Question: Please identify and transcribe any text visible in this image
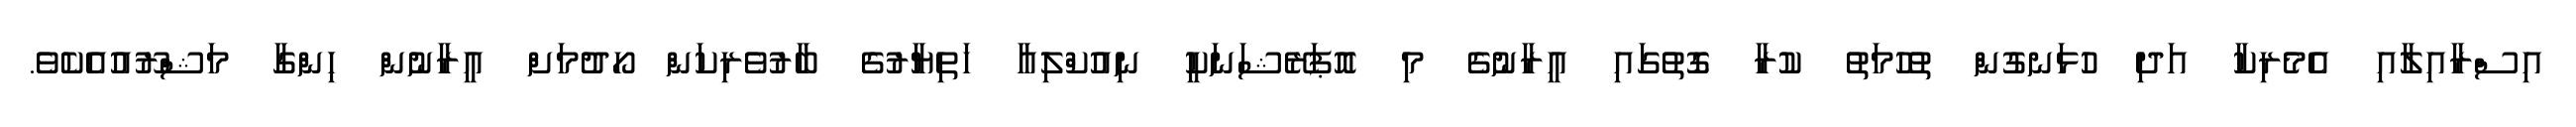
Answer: އިސްރާއިލާއި އެމެރިކާ އަދި ހުޅަނގުން ތުހުމަތު ކުރާ ގޮތުގައި އީރާނުގެ މި އޮޕަރޭޝަނަކީ ނިއުކްލިއާ ހަތިޔާރުގެ ބާރުވެރިކަން ހޯދުމަށް އީރާނުން ހިންގާ މަޝްރޫއުއެކެވެ.